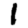
Digit: 1